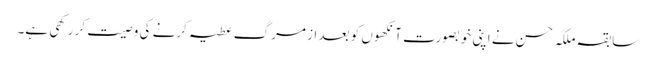
سابقہ ملکہ حسن نے اپنی خوبصورت آنکھوں کو بعد از مرگ عطیہ کرنے کی وصیت کر رکھی ہے۔